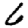
Digit: 6